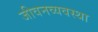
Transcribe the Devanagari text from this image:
जीवनव्यवस्था